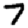
Digit: 7